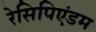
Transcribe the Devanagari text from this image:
रेसिपिएंडम